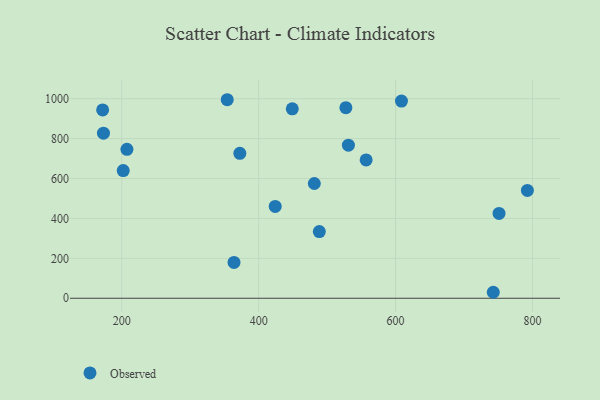
{"axis": {"x": "Ad Spend", "y": "Rating"}, "legend": ["Observed"], "data": [{"x": "424.2", "y": 459.9, "type": "Observed"}, {"x": "372.5", "y": 726.4, "type": "Observed"}, {"x": "354.1", "y": 994.7, "type": "Observed"}, {"x": "751.1", "y": 425.2, "type": "Observed"}, {"x": "527.4", "y": 955.1, "type": "Observed"}, {"x": "172.1", "y": 943.6, "type": "Observed"}, {"x": "449.1", "y": 948.9, "type": "Observed"}, {"x": "364.0", "y": 179.5, "type": "Observed"}, {"x": "792.5", "y": 540.4, "type": "Observed"}, {"x": "608.6", "y": 987.9, "type": "Observed"}, {"x": "488.6", "y": 334.3, "type": "Observed"}, {"x": "202.2", "y": 639.5, "type": "Observed"}, {"x": "557.0", "y": 693.0, "type": "Observed"}, {"x": "481.3", "y": 575.0, "type": "Observed"}, {"x": "531.1", "y": 767.2, "type": "Observed"}, {"x": "742.7", "y": 30.0, "type": "Observed"}, {"x": "207.6", "y": 746.4, "type": "Observed"}, {"x": "173.3", "y": 827.3, "type": "Observed"}]}